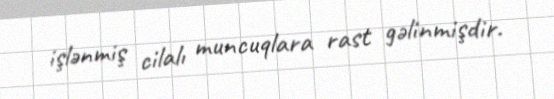
işlənmiş cilalı muncuqlara rast gəlinmişdir.